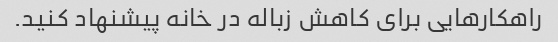
راهکارهایی برای کاهش زباله در خانه پیشنهاد کنید.